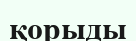
қорыды